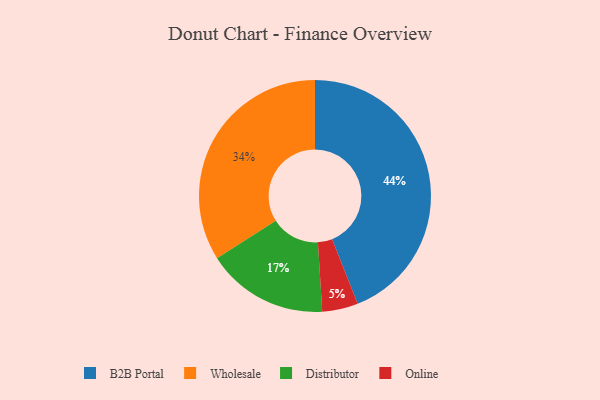
{"axis": {"x": "Category", "y": "Percentage"}, "legend": ["B2B Portal", "Distributor", "Online", "Wholesale"], "data": [{"x": "B2B Portal", "y": 44, "type": "B2B Portal"}, {"x": "Wholesale", "y": 34, "type": "Wholesale"}, {"x": "Online", "y": 5, "type": "Online"}, {"x": "Distributor", "y": 17, "type": "Distributor"}]}